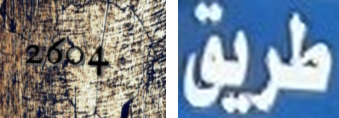
2604 طريق